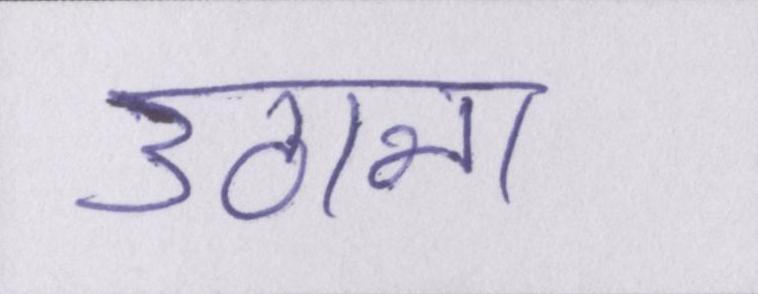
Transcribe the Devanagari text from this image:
उठाना